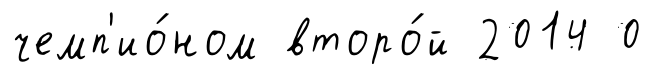
чемп'ио́ном второ́й 2014 0